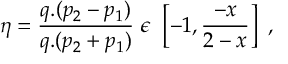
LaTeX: \eta = \frac { q . ( p _ { 2 } - p _ { 1 } ) } { q . ( p _ { 2 } + p _ { 1 } ) } ~ \epsilon ~ \left[ - 1 , \frac { - x } { 2 - x } \right] ~ ,